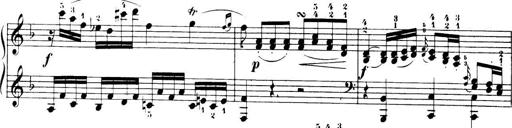
Title: 32 Sonatinas and Rondos for the Piano
Composer: Richard Kleinmichel